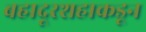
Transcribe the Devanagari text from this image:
बहादूरशहाकडून